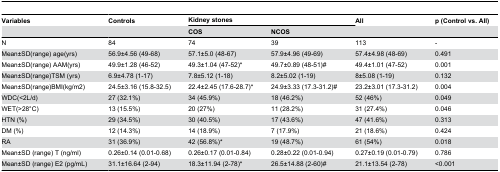
| Variables | Controls | <COLSPAN=2> Kidney stones | All | p (Control vs. All) |
 |  |  | COS | NCOS |  |  |
 | --- | --- | --- | --- | --- | --- |
 | N | 84 | 74 | 39 | 113 | - |
 | Mean±SD(range) age(yrs) | 56.9±4.56 (49-68) | 57.1±5.0 (48-67) | 57.9±4.96 (49-69) | 57.4±4.98 (48-69) | 0.491 |
 | Mean±SD(range) AAM(yrs) | 49.9±1.28 (46-52) | 49.3±1.04 (47-52)* | 49.7±0.89 (48-51)# | 49.4±1.01 (47-52) | 0.001 |
 | Mean±SD(range)TSM (yrs) | 6.9±4.78 (1-17) | 7.8±5.12 (1-18) | 8.2±5.02 (1-19) | 8±5.08 (1-19) | 0.132 |
 | Mean±SD(range)BMI(kg/m2) | 24.5±3.16 (15.8-32.5) | 22.4±2.45 (17.6-28.7)* | 24.9±3.33 (17.3-31.2)# | 23.2±3.01 (17.3-31.2) | 0.004 |
 | WDC(<2L/d) | 27 (32.1%) | 34 (45.9%) | 18 (46.2%) | 52 (46%) | 0.049 |
 | WET(>28°C) | 13 (15.5%) | 20 (27%) | 11 (28.2%) | 31 (27.4%) | 0.046 |
 | HTN (%) | 29 (34.5%) | 30 (40.5%) | 17 (43.6%) | 47 (41.6%) | 0.313 |
 | DM (%) | 12 (14.3%) | 14 (18.9%) | 7 (17.9%) | 21 (18.6%) | 0.424 |
 | RA | 31 (36.9%) | 42 (56.8%)* | 19 (48.7%) | 61 (54%) | 0.018 |
 | Mean±SD (range) T (ng/ml) | 0.26±0.14 (0.01-0.68) | 0.26±0.17 (0.01-0.84) | 0.28±0.22 (0.01-0.94) | 0.27±0.19 (0.01-0.79) | 0.786 |
 | Mean±SD (range) E2 (pg/mL) | 31.1±16.64 (2-94) | 18.3±11.94 (2-78)* | 26.5±14.88 (2-60)# | 21.1±13.54 (2-78) | <0.001 |